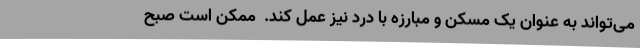
می‌تواند به عنوان یک مسکن و مبارزه با درد نیز عمل کند.  ممکن است صبح